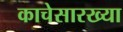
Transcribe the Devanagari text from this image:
काचेसारख्या